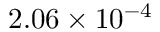
2 . 0 6 \times 1 0 ^ { - 4 }